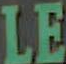
LE